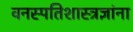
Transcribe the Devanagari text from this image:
वनस्पतिशास्त्रज्ञांना